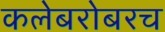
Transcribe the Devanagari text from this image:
कलेबरोबरच